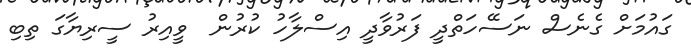
ގައުމަށް ގެނެސް ނަސޭހަތްދީ ފަރުވާދީ އިސްލާހު ކުރުން  ވީއިރު ސީރިޔާގަ ތިބި